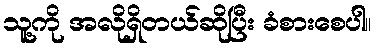
သူ့ကို အလိုရှိတယ်ဆိုပြီး ခံစားစေပါ။